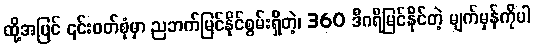
ထို့အပြင် ၎င်းဝတ်စုံမှာ ညဘက်မြင်နိုင်စွမ်းရှိတဲ့၊ 360 ဒီဂရီမြင်နိုင်တဲ့ မျက်မှန်ကိုပါ